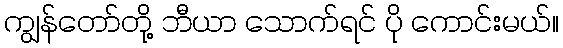
ကျွန်တော်တို့ ဘီယာ သောက်ရင် ပို ကောင်းမယ်။